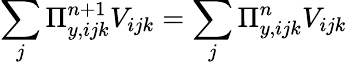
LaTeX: \sum_{j}\Pi_{y,ijk}^{n+1}V_{ijk}=\sum_{j}\Pi_{y,ijk}^{n}V_{ijk}